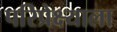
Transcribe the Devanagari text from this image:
परिप्रेक्ष्याला